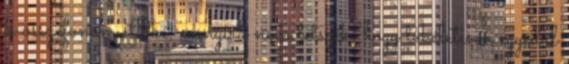
is összefonom. Oké, annyira nem tetszik, hogy tökéletesen egyedül